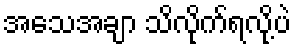
အသေအချာ သိလိုက်ရလို့ပဲ